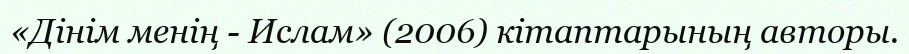
«Дінім менің - Ислам» (2006) кітаптарының авторы.